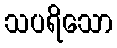
သပရိသော